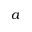
a